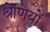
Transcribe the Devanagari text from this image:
श्रेंणियों